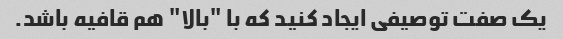
یک صفت توصیفی ایجاد کنید که با "بالا" هم قافیه باشد.